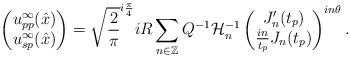
LaTeX: \begin{align*}\begin{pmatrix}u^{\infty}_{pp}(\hat{x}) \\ u^{\infty}_{sp}(\hat{x})\end{pmatrix}= \sqrt{\frac{2}{\pi}} ^{i\frac{\pi}{4}}iR \sum_{n \in \mathbb{Z}} Q^{-1} \mathcal{H}_n^{-1} \begin{pmatrix} J^{\prime}_n(t_p) \\ \frac{in}{t_p} J_n(t_p)\end{pmatrix}^{in \theta}. \end{align*}